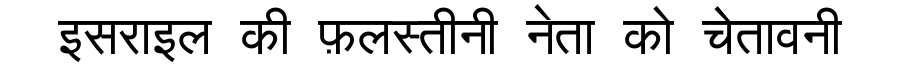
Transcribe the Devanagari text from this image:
इसराइल की फ़लस्तीनी नेता को चेतावनी